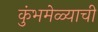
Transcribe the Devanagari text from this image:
कुंभमेळ्याची